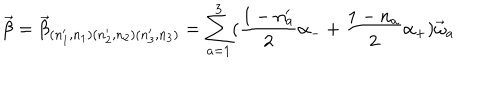
\vec { \beta } = \vec { \beta } _ { ( n _ { 1 } ^ { \prime } , n _ { 1 } ) ( n _ { 2 } ^ { \prime } , n _ { 2 } ) ( n _ { 3 } ^ { \prime } , n _ { 3 } ) } = \sum _ { a = 1 } ^ { 3 } ( \frac { 1 - n _ { a } ^ { \prime } } { 2 } \alpha _ { - } + \frac { 1 - n _ { a } } { 2 } \alpha _ { + } ) \vec { \omega } _ { a }